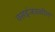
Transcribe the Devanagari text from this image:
वसईजवळील